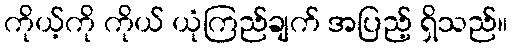
ကိုယ့်ကို ကိုယ် ယုံကြည်ချက် အပြည့် ရှိသည်။